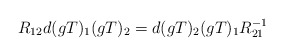
\begin{align*}R_{12}d(gT)_{1}(gT)_{2}=d(gT)_{2}(gT)_{1}R_{21}^{-1}\end{align*}